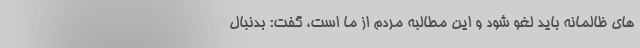
های ظالمانه باید لغو شود و این مطالبه مردم از ما است، گفت: بدنبال